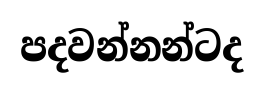
පදවන්නන්ටද